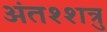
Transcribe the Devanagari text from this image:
अंतश्शत्रु